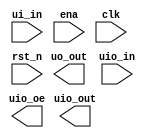
`default_nettype none

// just a stub to keep the Tiny Tapeout tools happy

module tt_um_vhdl_seven_segment_seconds (
    input  wire [7:0] ui_in,
    output wire [7:0] uo_out,
    input  wire [7:0] uio_in,
    output wire [7:0] uio_out,
    output wire [7:0] uio_oe,
    input  wire       ena,
    input  wire       clk,
    input  wire       rst_n
);

endmodule